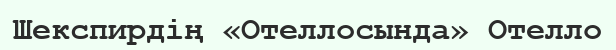
Шекспирдің «Отеллосында» Отелло